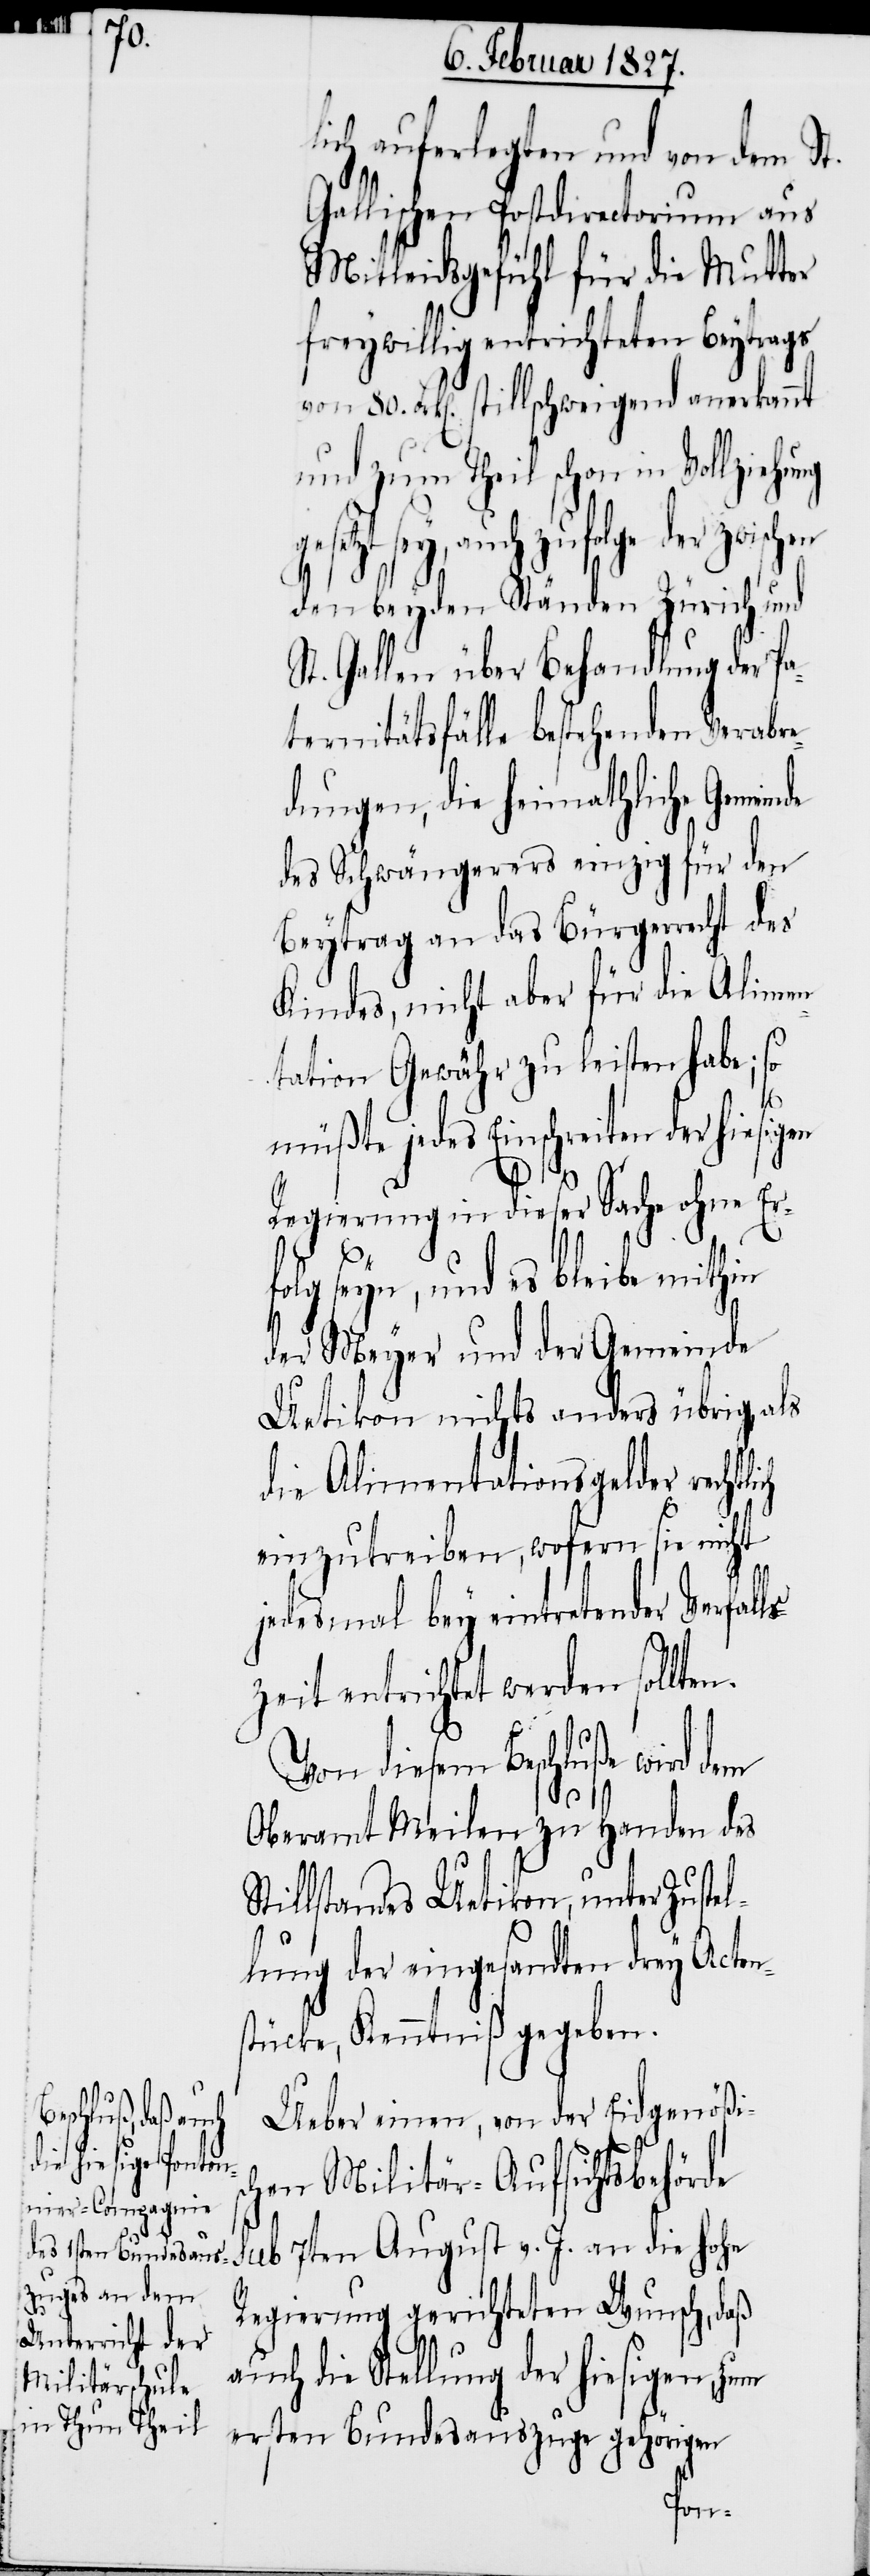
n.

80.

ich auferlegten und von dem
Gallischen Postdirectorium aus
Mitleidsgefühl für die Mutter
freywillig entrichteten Beytrags
Frk[en]. stillschweigend anerkannt
und zum Theil schon in Vollziehung
sey, auch zufolge der zwisc¬
den beyden Ständen Zürich und
t. Gallen über Behandlung der Pa¬
ternitätsfälle bestehenden Verabre¬
dungen, die heimathliche Gemeinde
des Schwängerers einzig für den
Beytrag an das Bürgerrecht des
Kindes, nicht aber für die Alimen¬
tation Gewähr zu leisten habe; so
müßte jedes Einschreiten der hiesigen
Regierung in dieser Sache ohne Erfo¬
lg seyn, und es bleibe mithin
der Meyer und der Gemeinde
Uetikon nichts anders übrig, als
die Alimentationsgelder rechtli¬
einzutreiben, wofern sie nicht
jedesmal bey eintretender Verfall¬
szeit entrichtet werden sollte¬
Von diesem Beschluße wird dem
Oberamt Meilen zu Handen des
Stillstandes Uetikon, unter Zuste¬
llung der eingesandten drey Acten¬
stücke, Kenntniß gegeben.
Ueber einen, von der Eidgenößis¬
chen Militär-Aufsichtsbehörde
sub 7ten August v. J. an die Hohe
Regierung gerichteten Wunsch, daß
auch die Stellung der hiesigen, zum
ersten Bundesauszuge gehörigen